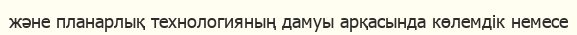
және планарлық технологияның дамуы арқасында көлемдік немесе